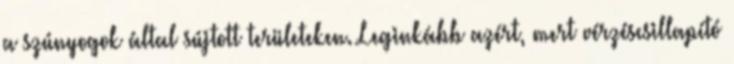
a szúnyogok által sújtott területeken. Leginkább azért, mert vérzéscsillapító